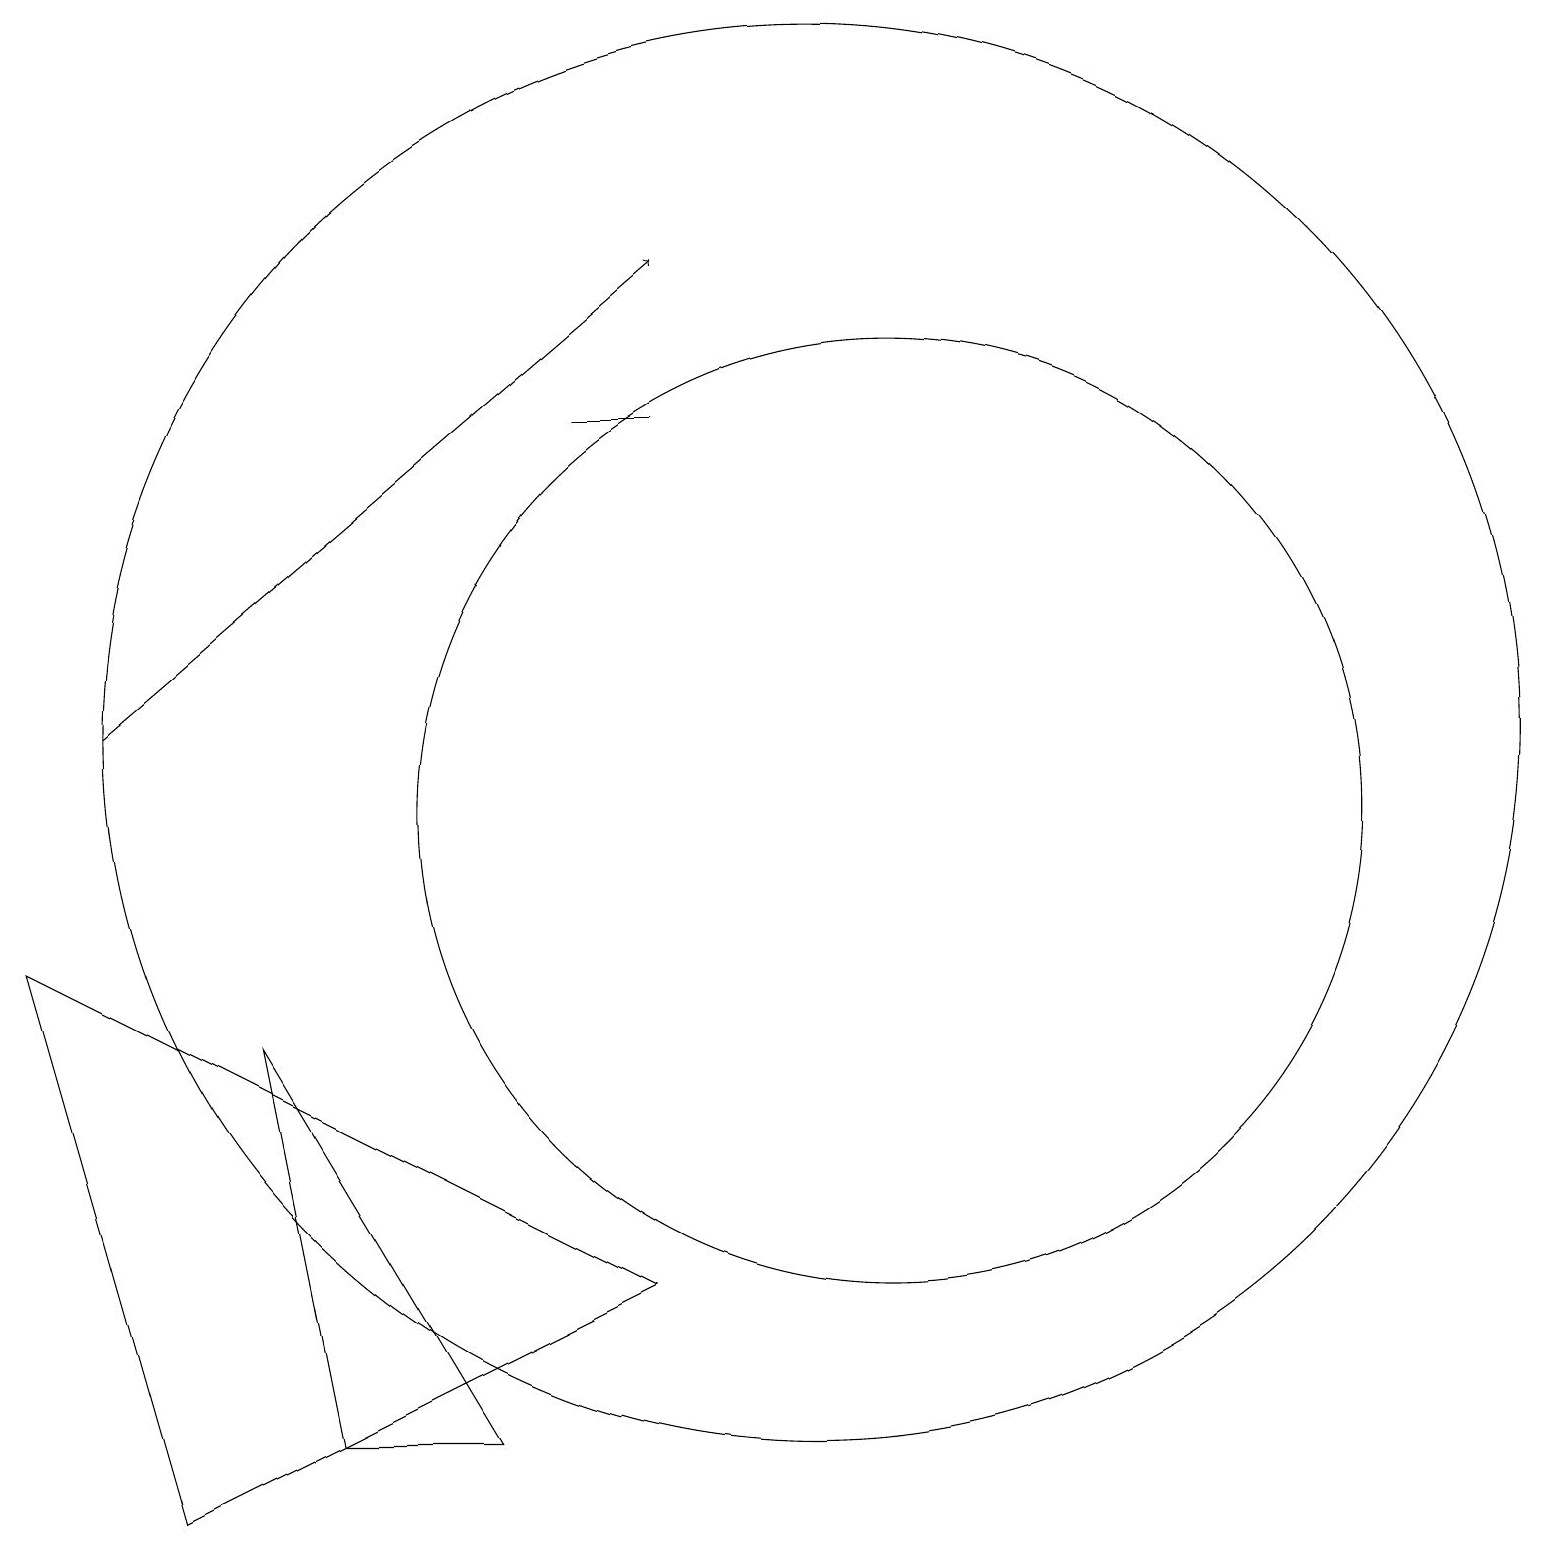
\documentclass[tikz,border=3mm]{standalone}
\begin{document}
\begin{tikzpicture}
\draw (11,11) circle (6);
\draw[->] (1,12) -- (8,18);
\draw (3,8) -- (4,3) -- (6,3) -- cycle;
\draw (10,12) circle (9);
\draw (8,5) -- (0,9) -- (2,2) -- cycle;
\draw (7,16) rectangle (8,16);
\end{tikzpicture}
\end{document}